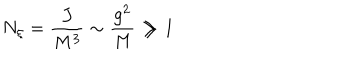
N _ { \xi } = { \frac { J } { M ^ { 3 } } } \sim { \frac { g ^ { 2 } } { M } } \gg 1